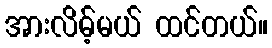
အားလိမ့်မယ် ထင်တယ်။